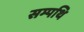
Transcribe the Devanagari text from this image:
सम्पथि